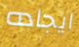
ايجاده